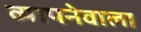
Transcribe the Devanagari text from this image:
व्यापनेवाला